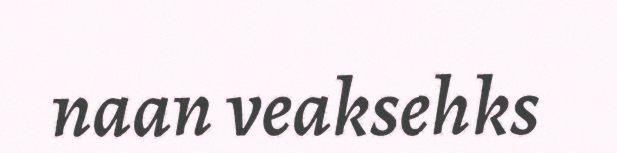
naan veaksehks